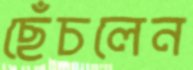
ছেঁচলেন